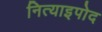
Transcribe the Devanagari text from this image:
नित्याइपोद